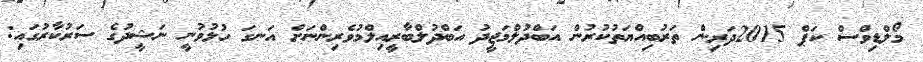
މޯލްޑިވްސް ކަޕް 2015ދަރިން ތަރުބިއްޔަތުކުރުން އަބްދުލްމަޖީދު އަބްދުލްބާރީއިލްމުވެރިންނަށް އަނގަ ހުޅުވުނީ ނަޝީދުގެ ސަރުކާރުގައި: